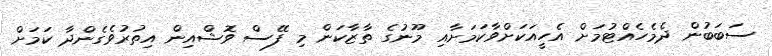
ސަބަބުން ދެމެހެއްޓުމަށް އެހީއަކަށްވާކަމަށާއި މޫނުގެ ތާޒާކަން މި ފޭސް ވޮޝްއިން އިތުރުވެގެންދާ ކަމަށް